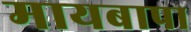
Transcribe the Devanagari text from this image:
मायबापा